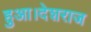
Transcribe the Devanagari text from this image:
हुआ।देशराज